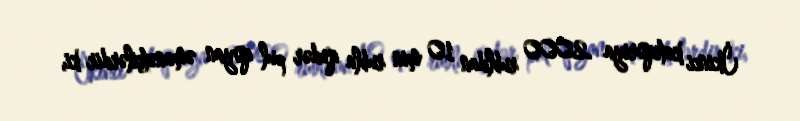
İkinci kateqoriya 2000 rubldan 10 min rubla qədər pul qoyan əmanətçilərdir ki,